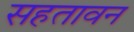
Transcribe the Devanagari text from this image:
सहतावन